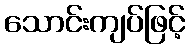
သောင်းကျပ်ဖြင့်